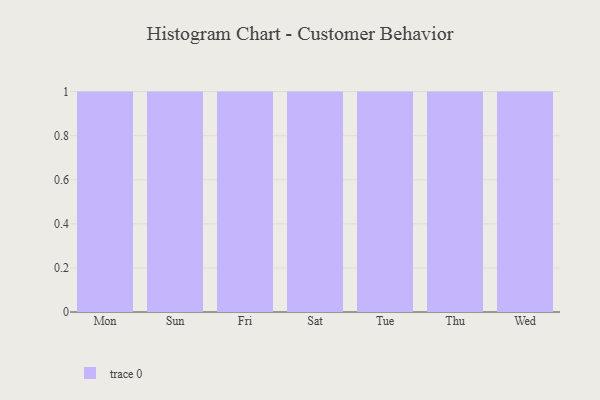
{"axis": {"x": "Day", "y": "Population (Million)"}, "legend": [""], "data": [{"x": "Mon", "y": 41, "type": ""}, {"x": "Sun", "y": 48, "type": ""}, {"x": "Fri", "y": 56, "type": ""}, {"x": "Sat", "y": 4, "type": ""}, {"x": "Tue", "y": 76, "type": ""}, {"x": "Thu", "y": 46, "type": ""}, {"x": "Wed", "y": 69, "type": ""}]}